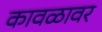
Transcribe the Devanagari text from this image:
कावळावर